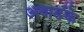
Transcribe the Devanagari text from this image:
अवार्डके